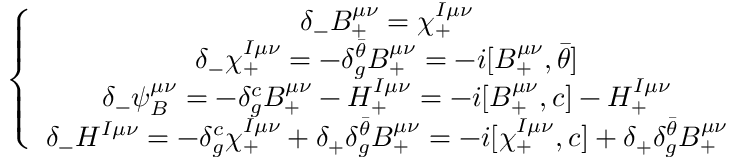
\left\{ \begin{array} { c } { { \delta _ { - } B _ { + } ^ { \mu \nu } = \chi _ { + } ^ { I \mu \nu } } } \\ { { \delta _ { - } \chi _ { + } ^ { I \mu \nu } = - \delta _ { g } ^ { \bar { \theta } } B _ { + } ^ { \mu \nu } = - i [ B _ { + } ^ { \mu \nu } , { \bar { \theta } } ] } } \\ { { \delta _ { - } \psi _ { B } ^ { \mu \nu } = - \delta _ { g } ^ { c } B _ { + } ^ { \mu \nu } - H _ { + } ^ { I \mu \nu } = - i [ B _ { + } ^ { \mu \nu } , c ] - H _ { + } ^ { I \mu \nu } } } \\ { { \delta _ { - } H ^ { I \mu \nu } = - \delta _ { g } ^ { c } \chi _ { + } ^ { I \mu \nu } + \delta _ { + } \delta _ { g } ^ { \bar { \theta } } B _ { + } ^ { \mu \nu } = - i [ \chi _ { + } ^ { I \mu \nu } , c ] + \delta _ { + } \delta _ { g } ^ { \bar { \theta } } B _ { + } ^ { \mu \nu } } } \end{array} \right.